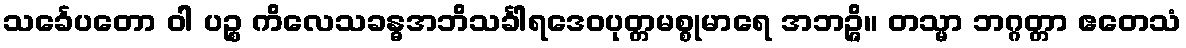
သင်္ခေပတော ဝါ ပဉ္စ ကိလေသခန္ဓအဘိသင်္ခါရဒေဝပုတ္တမစ္စုမာရေ အဘဉ္ဇိ။ တသ္မာ ဘဂ္ဂတ္တာ ဧတေသံ